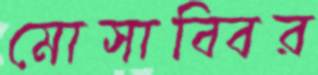
মোসাব্বির